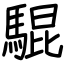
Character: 騉